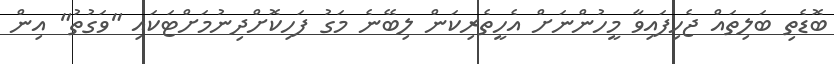
ބޮޑެތި ބަލިތައް ޖެހިފައިވާ މީހުންނަށް އެހީތެރިކަން ލިބޭނެ މަގު ފަހިކޮށްދިނުމަށްޓަކައި "ވަގުތު" އިން